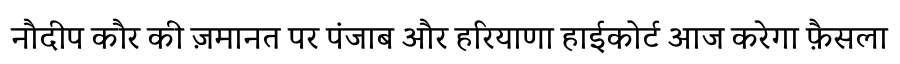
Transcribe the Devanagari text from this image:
नौदीप कौर की ज़मानत पर पंजाब और हरियाणा हाईकोर्ट आज करेगा फ़ैसला